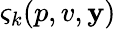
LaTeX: \varsigma_{k}(p,v,\mathbf{y})